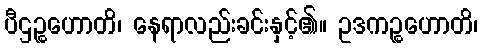
ပီဌဉ္စဟောတိ၊ နေရာလည်းခင်းနှင့်၏။ ဥဒကဉ္စဟောတိ၊